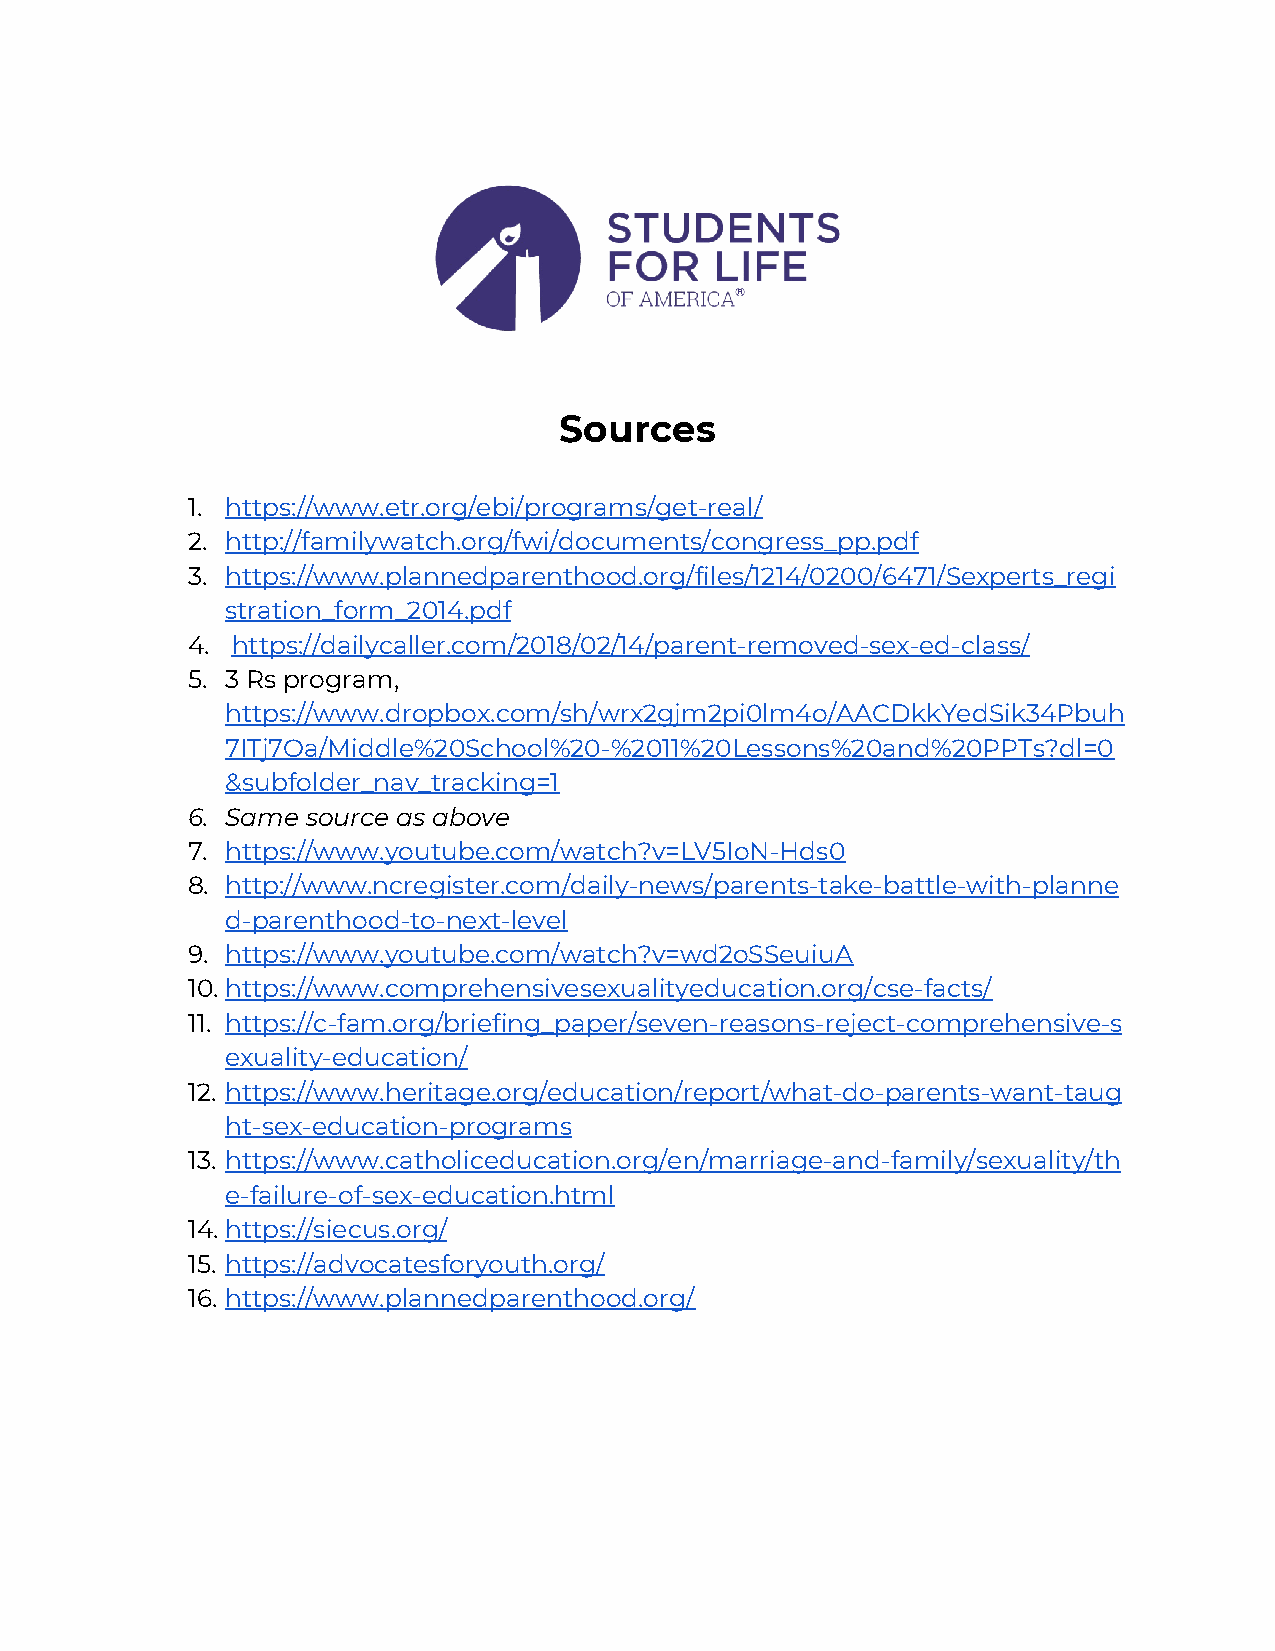
Sources
 1. https://www.etr.org/ebi/programs/get-real/
 2. http://familywatch.org/fwi/documents/congress_pp.pdf
 3. https://www.plannedparenthood.org/files/1214/0200/6471/Sexperts_regi
 stration_form_2014.pdf
 4. h​ ttps://dailycaller.com/2018/02/14/parent-removed-sex-ed-class/
 5. 3 Rs program,
 https://www.dropbox.com/sh/wrx2gjm2pi0lm4o/AACDkkYedSik34Pbuh
 7ITj7Oa/Middle%20School%20-%2011%20Lessons%20and%20PPTs?dl=0
 &subfolder_nav_tracking=1
 6. Same source as above
 7. https://www.youtube.com/watch?v=LV5IoN-Hds0
 8. http://www.ncregister.com/daily-news/parents-take-battle-with-planne
 d-parenthood-to-next-level
 9. https://www.youtube.com/watch?v=wd2oSSeuiuA
 10. https://www.comprehensivesexualityeducation.org/cse-facts/
 11. https://c-fam.org/briefing_paper/seven-reasons-reject-comprehensive-s
 exuality-education/
 12. https://www.heritage.org/education/report/what-do-parents-want-taug
 ht-sex-education-programs
 13. https://www.catholiceducation.org/en/marriage-and-family/sexuality/th
 e-failure-of-sex-education.html
 14. https://siecus.org/
 15. https://advocatesforyouth.org/
 16. https://www.plannedparenthood.org/